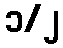
၁/၂